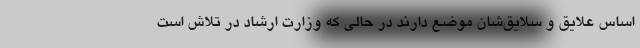
اساس علایق و سلایق‌شان موضع دارند در حالی که وزارت ارشاد در تلاش است